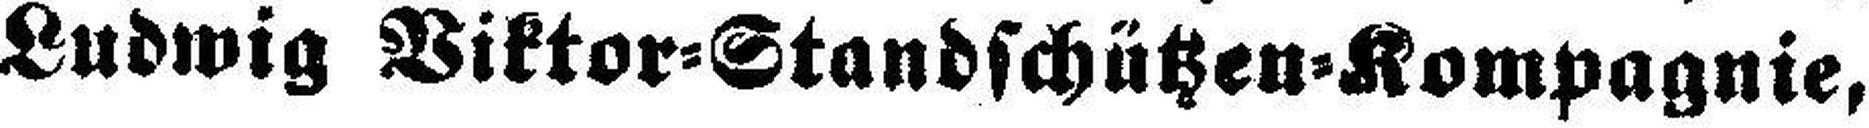
Ludwig Viktor=Standschützen=Kompagnie,